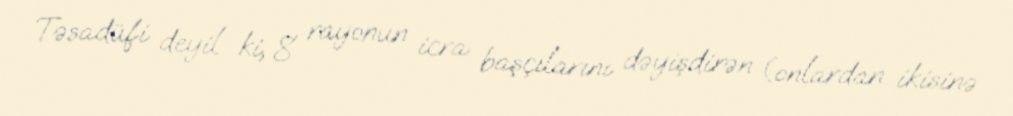
Təsadüfi deyil ki, 8 rayonun icra başçılarını dəyişdirən (onlardan ikisinə